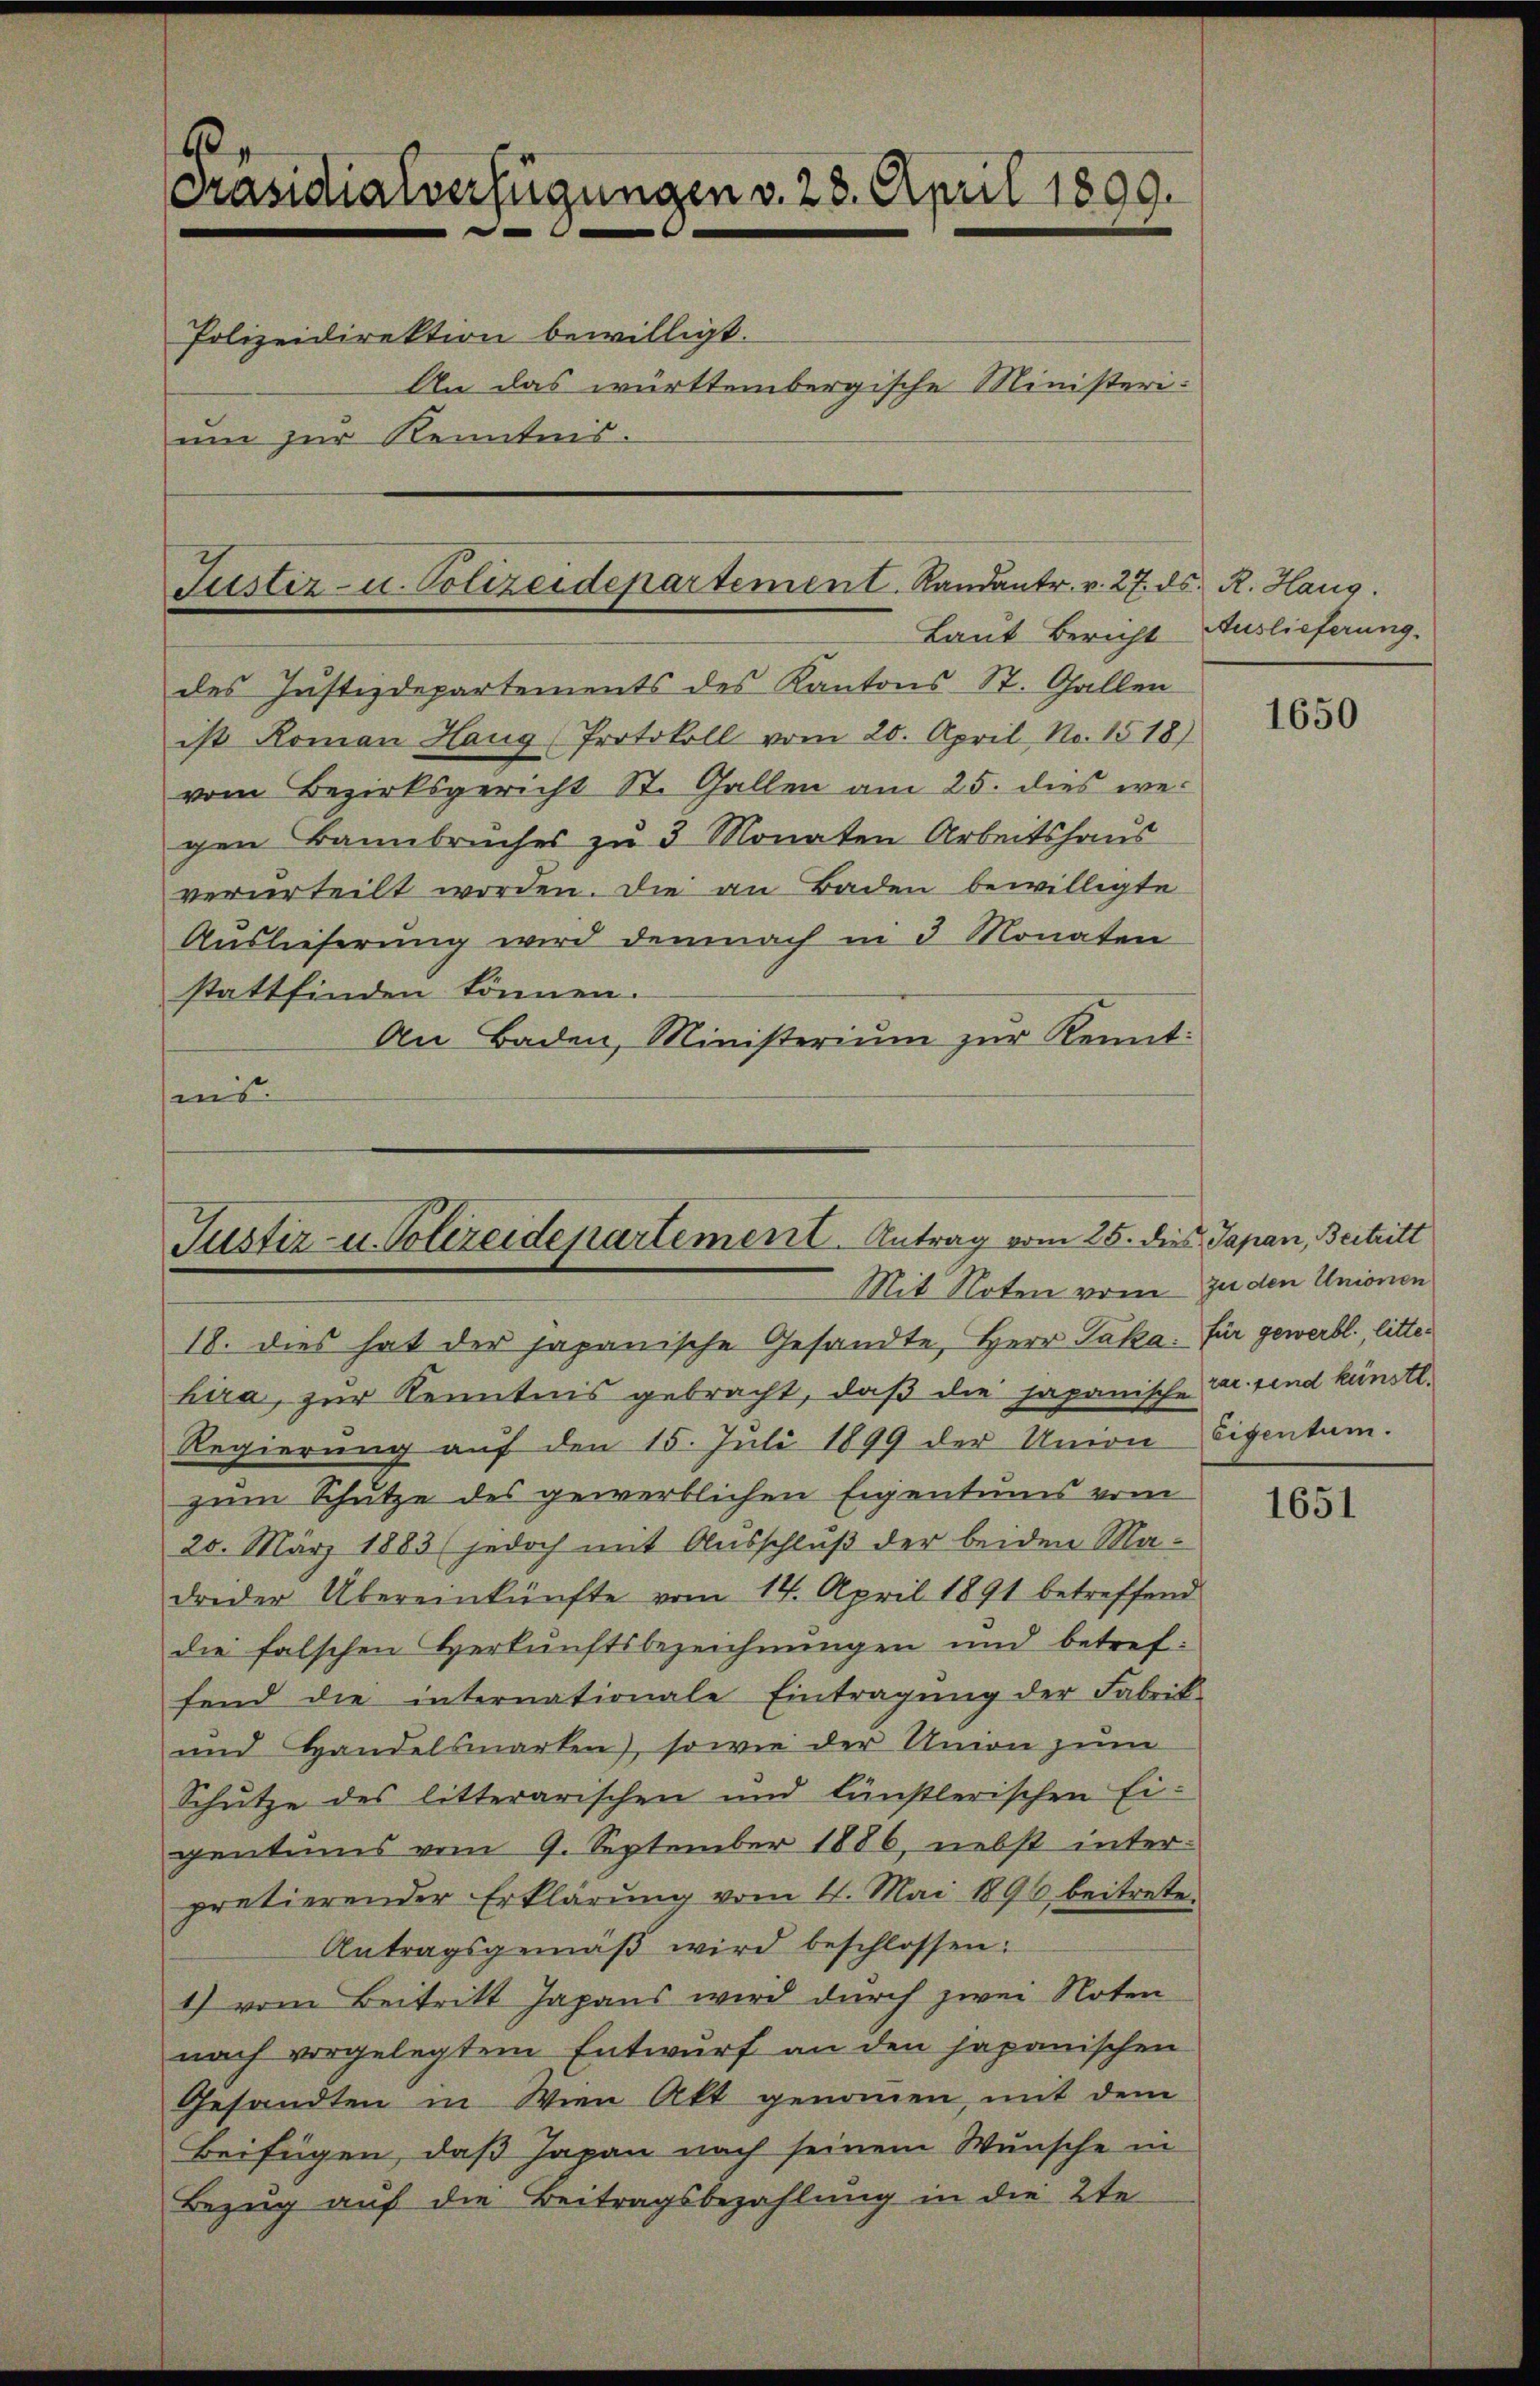
Präsidialverfügungen v. 28. April 1809.
Polizeidirektion bewilligt.
An das württembergische Ministerium zur Kenntnis.

des Justizdepartements des Kantons St. Gallen
ist Roman Haug (Protokoll vom 20. April, No. 1518)
vom Bezirksgericht St. Gallen am 25. dies wei
gen Bannbruches zu 3 Monaten Arbeitshaus
verurteilt worden. Die an Baden bewilligte
Auslieferung wird demnach in 3 Monaten
stattfinden können.
An Baden, Ministerium zur Kennt:
mis.

Fustiz- u. Polizeidepartement. Randantr. v. 27. ds. R. Haug.
Laut Bericht Auslieferung.

Justiz- u. Polereidepartement Antrag vom 25. dies Japan, Beitritt
Mit Noten vom zu den Unionen

18. dies hat der japanische Gesandte, Herr Paka. für gewerbl., littehira, zur Kenntnis gebracht, daβ die japanische Dr. sind künstl.
Regierung auf den 15. Juli 1899 der Union Eigentum
zum Schutze des gewerblichen Eigentums vom
20. März 1883 (jedoch mit Ausschluß der beiden Madreder Übereinkünfte vom 14. April 1891 betreffend
die falschen Herkunftsbezeichnungen und betreffend die internationale Eintragŭng der Fabrik-
und Handelsmarken, sowie der Union zum
Schütze des litterarischen und lünstlerischen Ei-
gentums vom 9. September 1886, nebst interpretierender Erklärung vom 4. Mai 1896 beitreten
Antragsgemäβ wird beschlossen:
1) vom Beitritt Japans wird durch zwei Noten
nach vorgelegtem Entwurf an den japanischen
Gesandten in Wien Akt genommen, mit dem
Beifügen, daß Japan nach seinem Wunsche in
Bezug auf die Beitragsbezahlung in die 2te

1650

1651